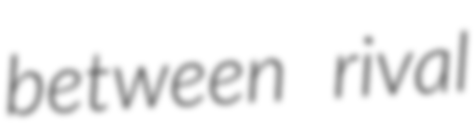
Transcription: between rival